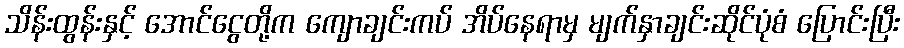
သိန်းထွန်းနှင့် အောင်ငွေတို့က ကျောချင်းကပ် အိပ်နေရာမှ မျက်နှာချင်းဆိုင်ပုံစံ ပြောင်းပြီး